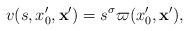
LaTeX: \begin{gather*}v(s,x'_0,{\bf x'}) = s^\sigma\varpi(x'_0,{\bf x'}) ,\end{gather*}